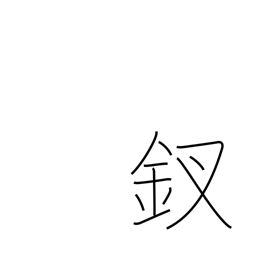
Meaning: ornamental hairpin